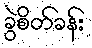
ခွဲစိတ်ခန်း